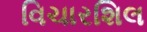
વિચારશિલ